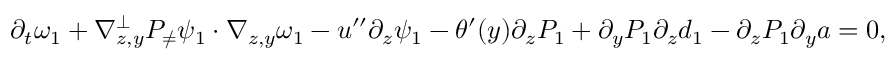
\begin{array} { r } { \partial _ { t } \omega _ { 1 } + \nabla _ { z , y } ^ { \bot } P _ { \neq } \psi _ { 1 } \cdot \nabla _ { z , y } \omega _ { 1 } - u ^ { \prime \prime } \partial _ { z } \psi _ { 1 } - \theta ^ { \prime } ( y ) \partial _ { z } P _ { 1 } + \partial _ { y } P _ { 1 } \partial _ { z } d _ { 1 } - \partial _ { z } P _ { 1 } \partial _ { y } a = 0 , } \end{array}